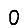
Digit: 0